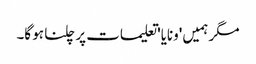
مگر ہمیں 'ونایا' تعلیمات پر چلنا ہو گا۔